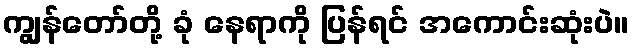
ကျွန်တော်တို့ ခုံ နေရာကို ပြန်ရင် အကောင်းဆုံးပဲ။